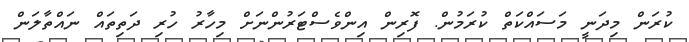
ކުރަން މިދަނީ މަސައްކަތް ކުރަމުން. ފޮރިން އިންވެސްޓަރުންނަށް މިހާރު ހުރި ދަތިތައް ނައްތާލަން